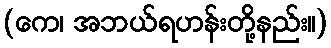
(ကေ၊ အဘယ်ရဟန်းတို့နည်း။)